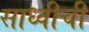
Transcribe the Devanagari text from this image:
साध्वीची